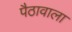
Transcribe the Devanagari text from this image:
पैठावाला